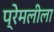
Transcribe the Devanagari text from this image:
प्रेमलीला